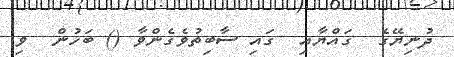
ދުނިޔޭގެ  ގައްޔާއި  ގައި ސާބިތުވެގެންވާ () ބަހުން  ވި